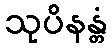
သုပိနန္တံ